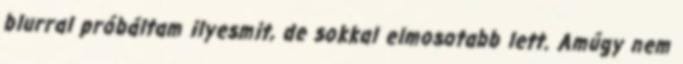
blurral próbáltam ilyesmit, de sokkal elmosotabb lett. Amúgy nem